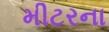
મીટરના